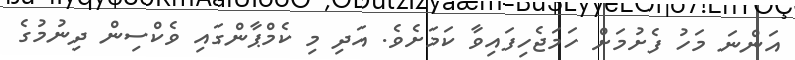
އަންނަ މަހު ފެށުމަށް ހަމަޖެހިފައިވާ ކަމަށެވެ. އަދި މި ކެމްޕާންގައި ވެކްސިން ދިނުމުގެ